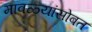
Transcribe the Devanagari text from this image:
मावळ्यांसोबत